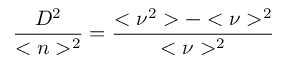
{ \frac { D ^ { 2 } } { < n > ^ { 2 } } } = { \frac { < \nu ^ { 2 } > - < \nu > ^ { 2 } } { < \nu > ^ { 2 } } }